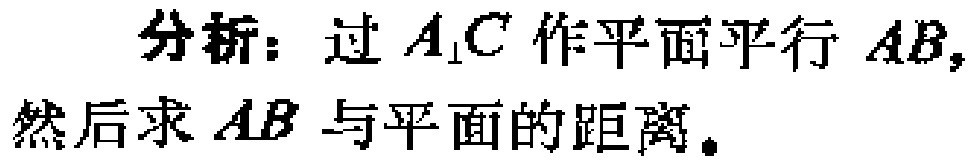
分析：过 \(A_{1}C\) 作平面平行 \(AB\)，然后求 \(AB\) 与平面的距离。